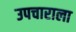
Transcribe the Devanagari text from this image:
उपचाराला